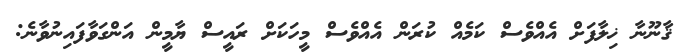
ޤާނޫނާ ޚިލާފަށް އެއްވެސް ކަމެއް ކުރަން އެއްވެސް މީހަކަށް ރައީސް ޔާމީން އަންގަވާފައިނުވާނެ: